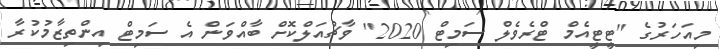
މިއަހަރުގެ "ޓީޓީއެމް ޓްރެވެލް ސަމިޓް 2020" ވާޗުއަލްކޮށް ބާއްވަން އެ ސަމިޓް އިންތިޒާމުކުރާ